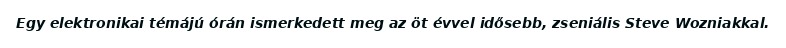
Egy elektronikai témájú órán ismerkedett meg az öt évvel idősebb, zseniális Steve Wozniakkal.